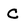
Character: C